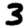
Digit: 3